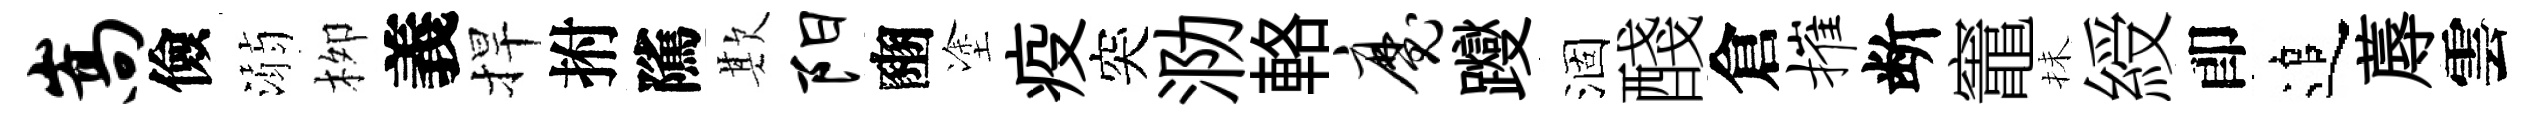
嵩儉溺栁義捍拊隲欺阳豳塗疫突泐輅魔躞涸醆倉摧断竈抺綬卽追蓐雲